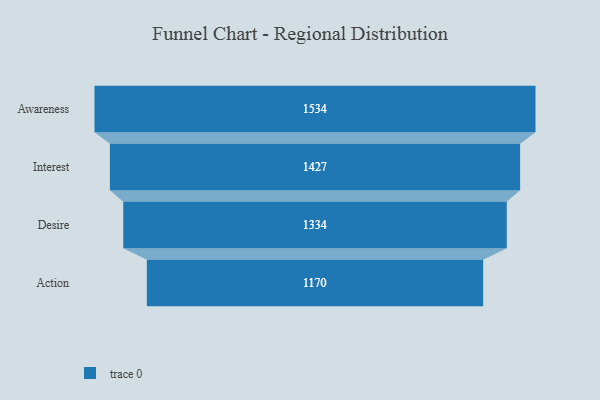
{"axis": {"x": "Stage", "y": "Value"}, "legend": [""], "data": [{"x": "Awareness", "y": 1534.0, "type": ""}, {"x": "Interest", "y": 1427.0, "type": ""}, {"x": "Desire", "y": 1334.0, "type": ""}, {"x": "Action", "y": 1170.0, "type": ""}]}